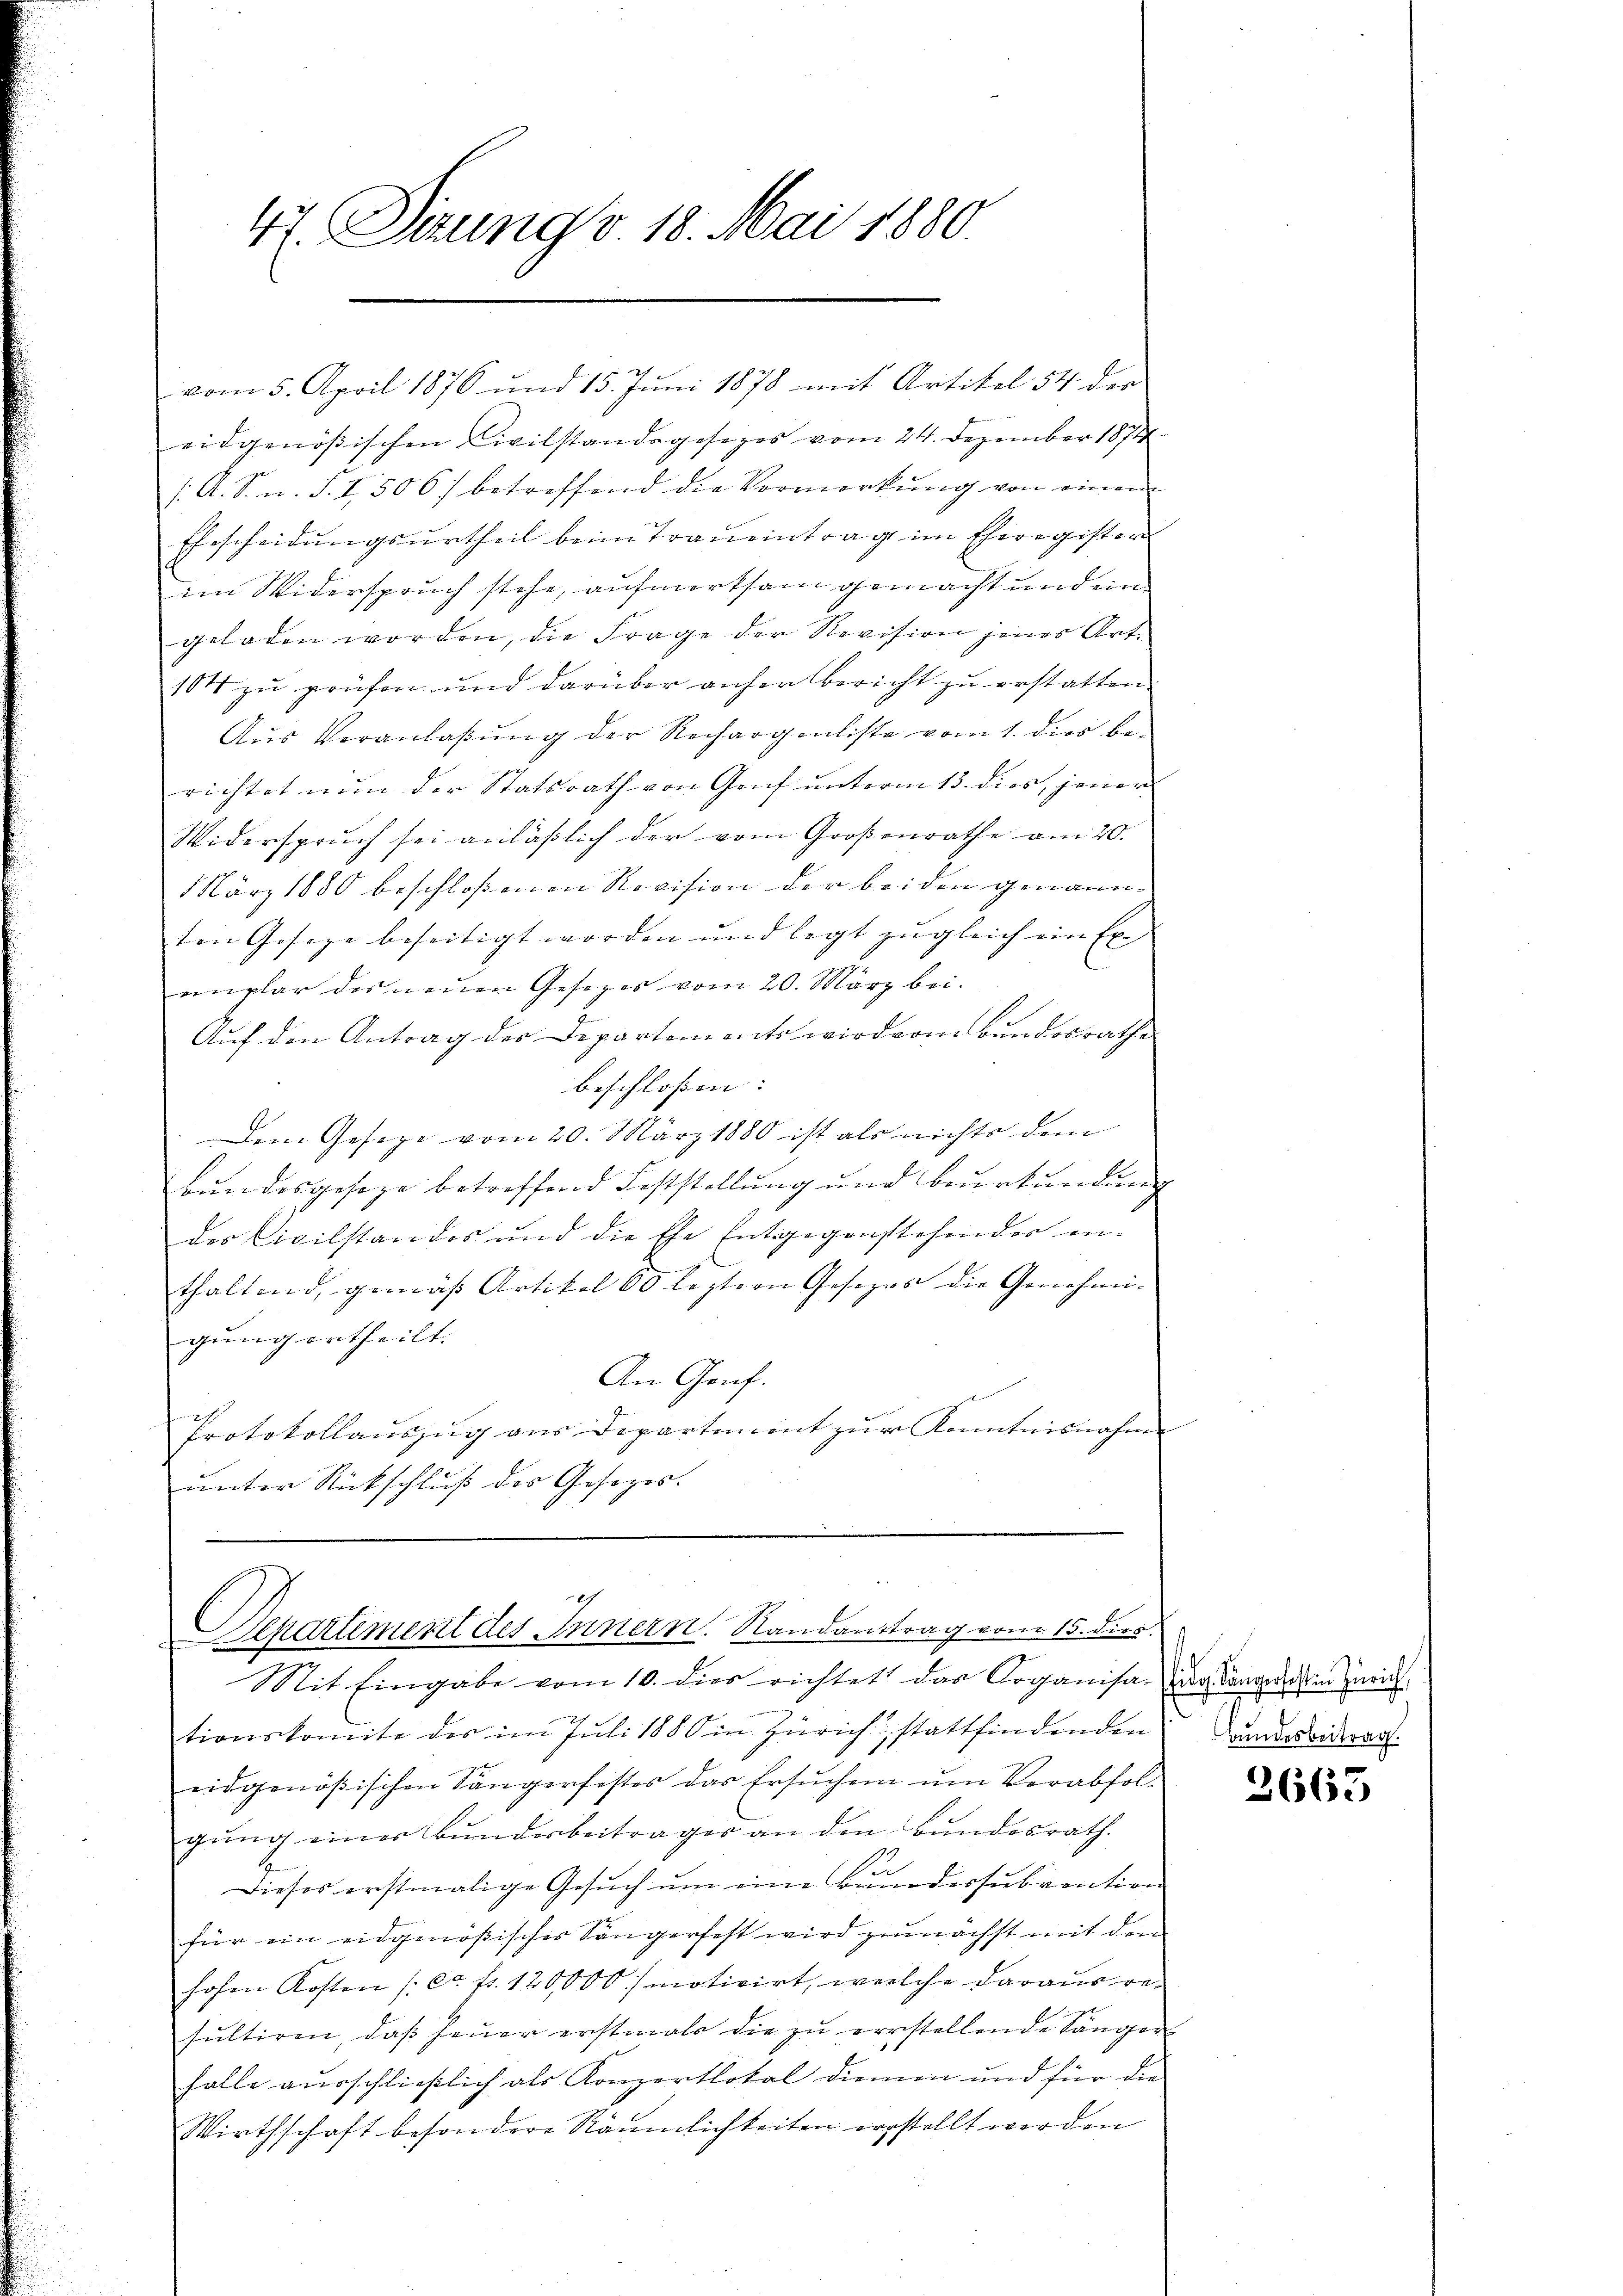
47. Dizung v. 18. Mai 1880.

eidgenößischen Civilstandegesezes vom 24. Dezember 1874
/. A. S. n. F. I 506. betreffend die Vormerkung von einem
Ehescheidŭngsŭrtheil beim Traueintrag im Eheregister
im Widerspruch stehe, aufmerksam gemacht und ein
geladen worden, die Frage der Revision jenes Art.
104 zŭ prüfen und darüber anher bericht zŭ erstatten.
Aus Veranlaßung der Rechargenliste vom 1. dies be-
richtet nun der Statsrath von Genf unterm 13. dies, jener
Widerspruch sei anläßlich der vom Großenrathe am 20.
März 1880 beschloßenen Revision der beiden genannten Geseze beseitigt worden und legt zugleich ein Ex
emplar des neuen Gesezes vom 20. März bei.
Auf den Antrag der Departements wird vom Bundesrathe
beschloßen:
Dem Geseze vom 20. März 1880 ist als nichts dem
bundesgeseze betreffend Feststellung und Beurkundung
des Civilstandos und die Ehe Entgegenstehendes er-
E
thaltend, gemäß Artikel 60 leztern Gesezes die Genehmi-
gung ertheilt.
An Genf.
Protokollauszug aus Departineint zur Kenntnisnahme |
unter Rückschluß der Gesezes.

vom 5. April 1876 und 15. Jŭni 1878 mit Artikel 54 der

h
Derartement des Innern. Randantrag vom 15. dies.

Mit Eingabe vom 10. dies richtet das Organisa Zŭg angen in Zürich
tionskomite des im Juli 1880 in Zürich, stattfindenden Landidat
eidgenößischen Sängerfistes das Ersuchen ŭm Verabfolgŭng einer Bunderbeiträger an den Bundesrath
R
Dieses erstmalige Gesuch um eine Bandessubvention
für ein eidgenößisches Sängerfest wird zunächst mit den
hohen Kosten /: c. fr. 120,000 / motivirt, welche daraus ge-
sultiren, daβ feŭer erstmals die zu erstellende Sänger
halle ausschließlich als Konzertlokal dienen und für die
Wirthschaft besondere Räumlichkeiten verstellt worden

2663